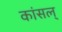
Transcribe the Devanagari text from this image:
कांसल्